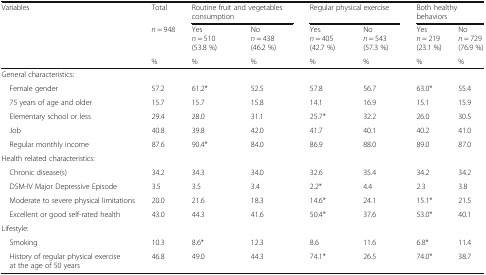
| <ROWSPAN=3> Variables | Total | <COLSPAN=2> Routine fruit and vegetables consumption | <COLSPAN=2> Regular physical exercise | <COLSPAN=2> Both healthybehaviors |
 | n = 948 | Yesn = 510(53.8 %) | Non = 438(46.2 %) | Yesn = 405(42.7 %) | Non = 543(57.3 %) | Yesn = 219(23.1 %) | Non = 729(76.9 %) |
 | % | % | % | % | % | % | % |
 | --- | --- | --- | --- | --- | --- | --- | --- |
 | <COLSPAN=8> General characteristics: |
 | Female gender | 57.2 | 61.2* | 52.5 | 57.8 | 56.7 | 63.0* | 55.4 |
 | 75 years of age and older | 15.7 | 15.7 | 15.8 | 14.1 | 16.9 | 15.1 | 15.9 |
 | Elementary school or less | 29.4 | 28.0 | 31.1 | 25.7* | 32.2 | 26.0 | 30.5 |
 | Job | 40.8 | 39.8 | 42.0 | 41.7 | 40.1 | 40.2 | 41.0 |
 | Regular monthly income | 87.6 | 90.4* | 84.0 | 86.9 | 88.0 | 89.0 | 87.0 |
 | <COLSPAN=8> Health related characteristics: |
 | Chronic disease(s) | 34.2 | 34.3 | 34.0 | 32.6 | 35.4 | 34.2 | 34.2 |
 | DSM-IV Major Depressive Episode | 3.5 | 3.5 | 3.4 | 2.2* | 4.4 | 2.3 | 3.8 |
 | Moderate to severe physical limitations | 20.0 | 21.6 | 18.3 | 14.6* | 24.1 | 15.1* | 21.5 |
 | Excellent or good self-rated health | 43.0 | 44.3 | 41.6 | 50.4* | 37.6 | 53.0* | 40.1 |
 | <COLSPAN=8> Lifestyle: |
 | Smoking | 10.3 | 8.6* | 12.3 | 8.6 | 11.6 | 6.8* | 11.4 |
 | History of regular physical exercise at the age of 50 years | 46.8 | 49.0 | 44.3 | 74.1* | 26.5 | 74.0* | 38.7 |